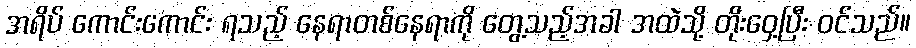
အရိပ် ကောင်းကောင်း ရသည့် နေရာတစ်နေရာကို တွေ့သည့်အခါ အထဲသို့ တိုးဝှေ့ပြီး ဝင်သည်။